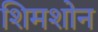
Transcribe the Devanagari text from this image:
शिमशोन